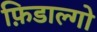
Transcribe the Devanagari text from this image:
फ़िडाल्गो